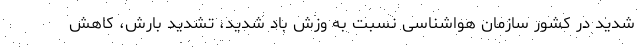
شدید در کشور سازمان هواشناسی نسبت به وزش باد شدید، تشدید بارش، کاهش